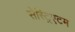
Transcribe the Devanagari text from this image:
सेस्ट्रिएटम